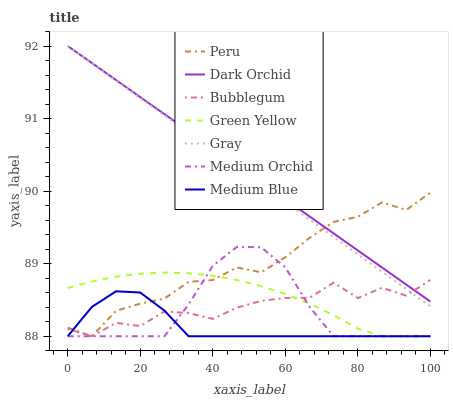
| xaxis_label | Peru | Dark Orchid | Bubblegum | Green Yellow | Gray | Medium Orchid | Medium Blue |
 | --- | --- | --- | --- | --- | --- | --- | --- |
 | 0 | 88.1 | 92 | 88.1 | 88.7 | 92 | 88 | 88 |
 | 6.67 | 88 | 91.8 | 88 | 88.8 | 91.8 | 88 | 88.4 |
 | 13.3 | 88.4 | 91.5 | 88.2 | 88.8 | 91.5 | 88 | 88.6 |
 | 20 | 88.4 | 91.3 | 88.1 | 88.9 | 91.3 | 88 | 88.6 |
 | 26.7 | 88.5 | 91.1 | 88.3 | 88.9 | 91 | 88 | 88.4 |
 | 33.3 | 88.7 | 90.8 | 88.3 | 88.9 | 90.8 | 88.4 | 88 |
 | 40 | 88.8 | 90.6 | 88.2 | 88.8 | 90.6 | 89 | 88 |
 | 46.7 | 88.9 | 90.4 | 88.4 | 88.8 | 90.3 | 89.2 | 88 |
 | 53.3 | 88.9 | 90.1 | 88.5 | 88.7 | 90.1 | 89.2 | 88 |
 | 60 | 89.1 | 89.9 | 88.5 | 88.6 | 89.8 | 89 | 88 |
 | 66.7 | 89.4 | 89.7 | 88.5 | 88.4 | 89.6 | 88.4 | 88 |
 | 73.3 | 89.6 | 89.4 | 88.7 | 88.3 | 89.4 | 88 | 88 |
 | 80 | 89.6 | 89.2 | 88.5 | 88.1 | 89.1 | 88 | 88 |
 | 86.7 | 89.8 | 88.9 | 88.7 | 88 | 88.9 | 88 | 88 |
 | 93.3 | 89.7 | 88.7 | 88.6 | 88 | 88.6 | 88 | 88 |
 | 100 | 90 | 88.5 | 88.8 | 88 | 88.4 | 88 | 88 |